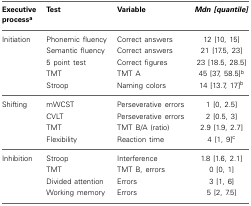
<table><thead><tr><td><b>Executive process<sup>a</sup></b></td><td><b>Test</b></td><td><b>Variable</b></td><td><b><i>Mdn [quantile]</i></b></td></tr></thead><tbody><tr><td>Initiation</td><td>Phonemic fluency</td><td>Correct answers</td><td>12 [10, 15]</td></tr><tr><td></td><td>Semantic fluency</td><td>Correct answers</td><td>21 [17.5, 23]</td></tr><tr><td></td><td>5 point test</td><td>Correct figures</td><td>23 [18.5, 28.5]</td></tr><tr><td></td><td>TMT</td><td>TMT A</td><td>45 [37, 58.5]<sup>b</sup></td></tr><tr><td></td><td>Stroop</td><td>Naming colors</td><td>14 [13.7, 17]<sup>b</sup></td></tr><tr><td>Shifting</td><td>mWCST</td><td>Perseverative errors</td><td>1 [0, 2.5]</td></tr><tr><td></td><td>CVLT</td><td>Perseverative errors</td><td>2 [0.5, 3]</td></tr><tr><td></td><td>TMT</td><td>TMT B/A (ratio)</td><td>2.9 [1.9, 2.7]</td></tr><tr><td></td><td>Flexibility</td><td>Reaction time</td><td>4 [1, 9]<sup>c</sup></td></tr><tr><td>Inhibition</td><td>Stroop</td><td>Interference</td><td>1.8 [1.6, 2.1]</td></tr><tr><td></td><td>TMT</td><td>TMT B, errors</td><td>0 [0, 1]</td></tr><tr><td></td><td>Divided attention</td><td>Errors</td><td>3 [1, 6]</td></tr><tr><td></td><td>Working memory</td><td>Errors</td><td>5 [2, 7.5]</td></tr></tbody></table>